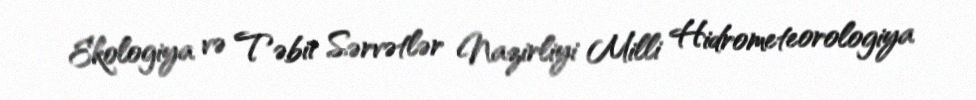
Ekologiya və Təbii Sərvətlər Nazirliyi Milli Hidrometeorologiya